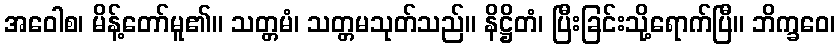
အဝေါစ၊ မိန့်တော်မူ၏။ သတ္တမံ၊ သတ္တမသုတ်သည်။ နိဋ္ဌိတံ၊ ပြီးခြင်းသို့ရောက်ပြီ။ ဘိက္ခဝေ၊